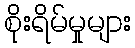
စိုးရိမ်မှုများ